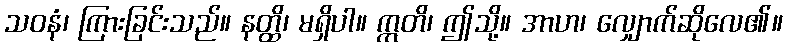
သဝနံ၊ ကြားခြင်းသည်။ နတ္ထိ၊ မရှိပါ။ ဣတိ၊ ဤသို့။ အာဟ၊ လျှောက်ဆိုလေ၏။